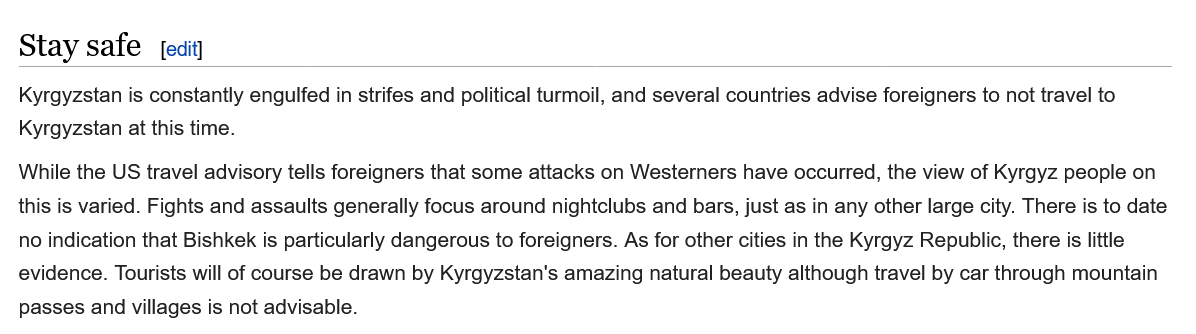
Stay   safe
  Kyrgyzstan is constantly engulfed in strifes and political turmoil, and several countries advise foreigners to not travel to
  Kyrgyzstan at this time.
  While the US travel advisory tells foreigners that some attacks on Westerners have occurred, the view of Kyrgyz people on
  this is varied. Fights and assaults generally focus around nightclubs and bars, just as in any other large city. There is to date
  no indication that Bishkek is particularly dangerous to foreigners. As for other cities in the Kyrgyz Republic, there is little
  evidence. Tourists will of course be drawn by Kyrgyzstan's amazing natural beauty although travel by car through mountain
  passes and villages is not advisable.
     [edit]